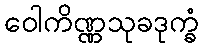
ဝေါကိဏ္ဏသုခဒုက္ခံ